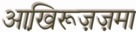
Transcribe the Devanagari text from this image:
आखि़रूज़ज़मा